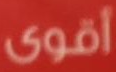
أقوى